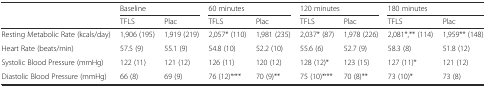
<table><thead><tr><td rowspan="2"></td><td colspan="2"><b>Baseline</b></td><td colspan="2"><b>60 minutes</b></td><td colspan="2"><b>120 minutes</b></td><td colspan="2"><b>180 minutes</b></td></tr><tr><td><b>TFLS</b></td><td><b>Plac</b></td><td><b>TFLS</b></td><td><b>Plac</b></td><td><b>TFLS</b></td><td><b>Plac</b></td><td><b>TFLS</b></td><td><b>Plac</b></td></tr></thead><tbody><tr><td>Resting Metabolic Rate (kcals/day)</td><td>1,906 (195)</td><td>1,919 (219)</td><td>2,057* (110)</td><td>1,981 (235)</td><td>2,037* (87)</td><td>1,978 (226)</td><td>2,081*,** (114)</td><td>1,959** (148)</td></tr><tr><td>Heart Rate (beats/min)</td><td>57.5 (9)</td><td>55.1 (9)</td><td>54.8 (10)</td><td>52.2 (10)</td><td>55.6 (6)</td><td>52.7 (9)</td><td>58.3 (8)</td><td>51.8 (12)</td></tr><tr><td>Systolic Blood Pressure (mmHg)</td><td>122 (11)</td><td>121 (12)</td><td>126 (11)</td><td>120 (12)</td><td>128 (12)*</td><td>123 (15)</td><td>127 (11)*</td><td>121 (12)</td></tr><tr><td>Diastolic Blood Pressure (mmHg)</td><td>66 (8)</td><td>69 (9)</td><td>76 (12)*<sup><b>,</b></sup>**</td><td>70 (9)**</td><td>75 (10)*<sup><b>,</b></sup>**</td><td>70 (8)**</td><td>73 (10)*</td><td>73 (8)</td></tr></tbody></table>